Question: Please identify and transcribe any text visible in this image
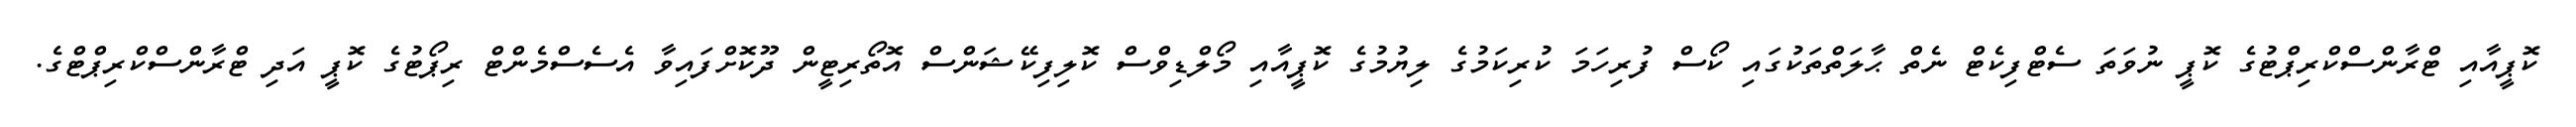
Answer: ކޮޕީއާއި ޓްރާންސްކްރިޕްޓުގެ ކޮޕީ ނުވަތަ ސެޓްފިކެޓް ނެތް ޙާލަތްތަކުގައި ކޯސް ފުރިހަމަ ކުރިކަމުގެ ލިޔުމުގެ ކޮޕީއާއި މޯލްޑިވްސް ކޮލިފިކޭޝަންސް އޮތޯރިޓީން ދޫކޮށްފައިވާ އެސެސްމެންޓް ރިޕޯޓުގެ ކޮޕީ އަދި ޓްރާންސްކްރިޕްޓްގެ.